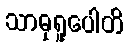
သာဓုရူပေါတိ